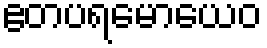
ဧတပရမောယေဝ